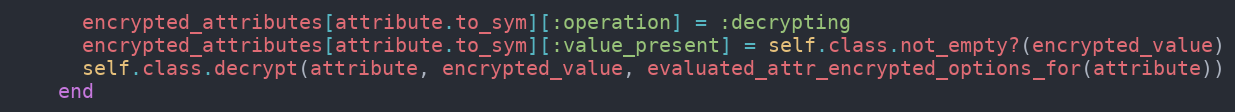
Language: Ruby
      encrypted_attributes[attribute.to_sym][:operation] = :decrypting
      encrypted_attributes[attribute.to_sym][:value_present] = self.class.not_empty?(encrypted_value)
      self.class.decrypt(attribute, encrypted_value, evaluated_attr_encrypted_options_for(attribute))
    end